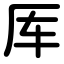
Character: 厍